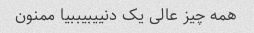
همه چیز عالی یک دنییبیببیا ممنون